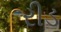
રીડ